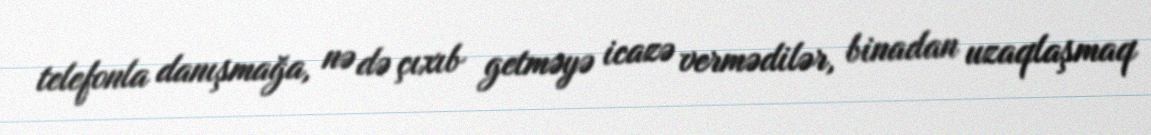
telefonla danışmağa, nə də çıxıb getməyə icazə vermədilər, binadan uzaqlaşmaq